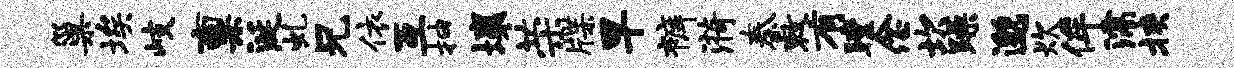
巢埃岐禀涎虬兄依互抽壤荣牒早裤漪秦敕有瞠念坎躁邈炊侔濡挟